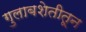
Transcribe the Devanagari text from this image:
गुलाबशेतीतून